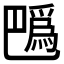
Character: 𢁍